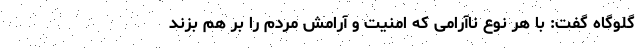
گلوگاه گفت: با هر نوع ناآرامی که امنیت و آرامش مردم را بر هم بزند